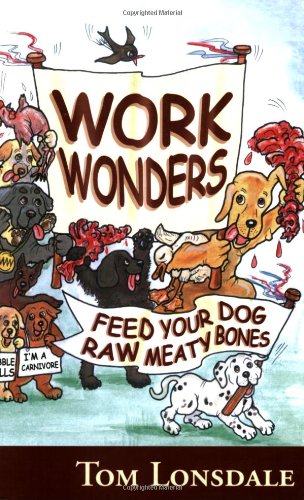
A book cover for Work Wonders: Feed Your Dog Raw Meaty Bones; Tom Lonsdale; Crafts, Hobbies & Home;